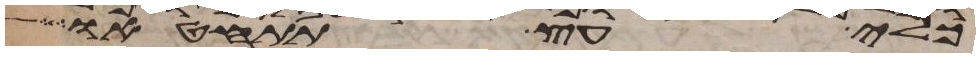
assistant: כלי עץ תתחטאו